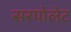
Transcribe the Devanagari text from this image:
सरपोलेट